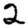
Digit: 2